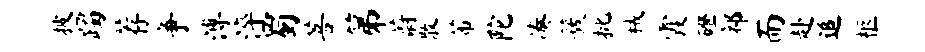
披躅荐争溥淬蜀菩第蔚散芾陀凑簇批械霞磴祁而赴追柩